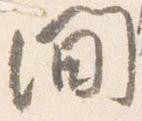
間